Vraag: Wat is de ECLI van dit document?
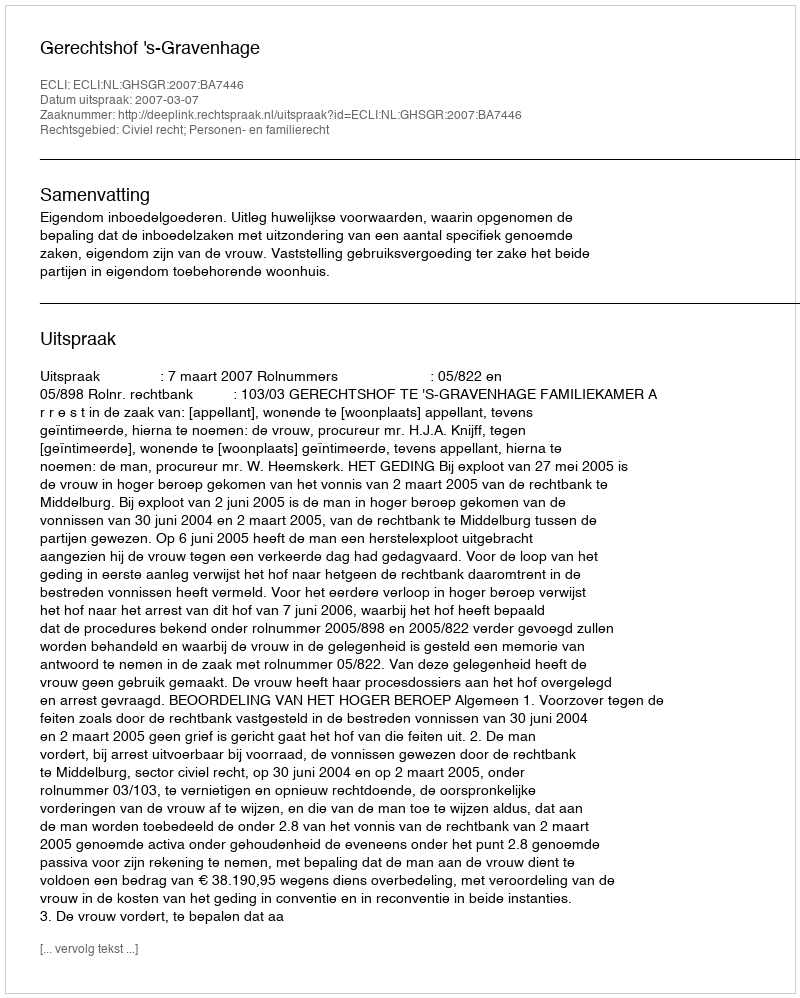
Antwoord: ECLI:NL:GHSGR:2007:BA7446